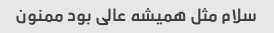
سلام مثل همیشه عالی بود ممنون